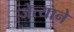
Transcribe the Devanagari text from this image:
जेत्याने